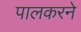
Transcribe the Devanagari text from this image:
पालकरने